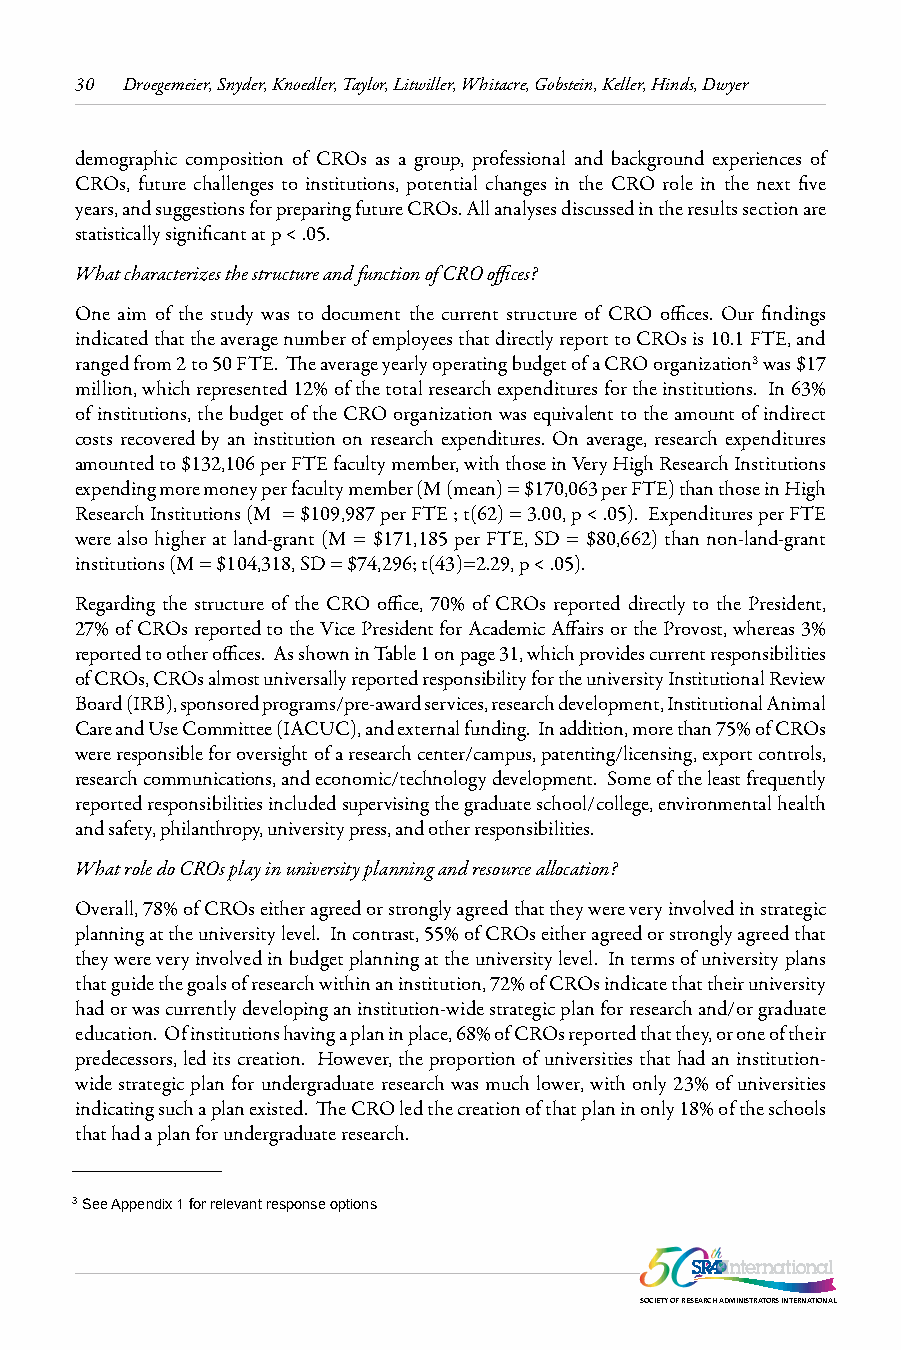
30 Droegemeier, Snyder, Knoedler, Taylor, Litwiller, Whitacre, Gobstein, Keller, Hinds, Dwyer
 demographic composition of CROs as a group, professional and background experiences of
 CROs, future challenges to institutions, potential changes in the CRO role in the next five
 years, and suggestions for preparing future CROs. All analyses discussed in the results section are
 statistically significant at p < .05.
 What characterizes the structure and function of CRO offices?
 One aim of the study was to document the current structure of CRO offices. Our findings
 indicated that the average number of employees that directly report to CROs is 10.1 FTE, and
 ranged from 2 to 50 FTE. The average yearly operating budget of a CRO organization3 was $17
 million, which represented 12% of the total research expenditures for the institutions. In 63%
 of institutions, the budget of the CRO organization was equivalent to the amount of indirect
 costs recovered by an institution on research expenditures. On average, research expenditures
 amounted to $132,106 per FTE faculty member, with those in Very High Research Institutions
 expending more money per faculty member (M (mean) = $170,063 per FTE) than those in High
 Research Institutions (M = $109,987 per FTE ; t(62) = 3.00, p < .05). Expenditures per FTE
 were also higher at land-grant (M = $171,185 per FTE, SD = $80,662) than non-land-grant
 institutions (M = $104,318, SD = $74,296; t(43)=2.29, p < .05).
 Regarding the structure of the CRO office, 70% of CROs reported directly to the President,
 27% of CROs reported to the Vice President for Academic Affairs or the Provost, whereas 3%
 reported to other offices. As shown in Table 1 on page 31, which provides current responsibilities
 of CROs, CROs almost universally reported responsibility for the university Institutional Review
 Board (IRB), sponsored programs/pre-award services, research development, Institutional Animal
 Care and Use Committee (IACUC), and external funding. In addition, more than 75% of CROs
 were responsible for oversight of a research center/campus, patenting/licensing, export controls,
 research communications, and economic/technology development. Some of the least frequently
 reported responsibilities included supervising the graduate school/college, environmental health
 and safety, philanthropy, university press, and other responsibilities.
 What role do CROs play in university planning and resource allocation?
 Overall, 78% of CROs either agreed or strongly agreed that they were very involved in strategic
 planning at the university level. In contrast, 55% of CROs either agreed or strongly agreed that
 they were very involved in budget planning at the university level. In terms of university plans
 that guide the goals of research within an institution, 72% of CROs indicate that their university
 had or was currently developing an institution-wide strategic plan for research and/or graduate
 education. Of institutions having a plan in place, 68% of CROs reported that they, or one of their
 predecessors, led its creation. However, the proportion of universities that had an institution-
 wide strategic plan for undergraduate research was much lower, with only 23% of universities
 indicating such a plan existed. The CRO led the creation of that plan in only 18% of the schools
 that had a plan for undergraduate research.
 3 See Appendix 1 for relevant response options
 SOCIETY OF RESEARCH ADMINISTRATORS INTERNATIONAL